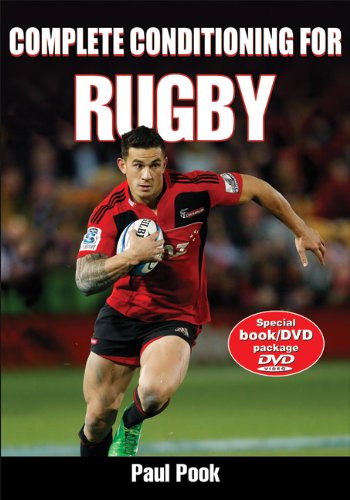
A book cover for Complete Conditioning for Rugby; Paul Pook; Sports & Outdoors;